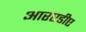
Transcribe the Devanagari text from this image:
आरएडीए